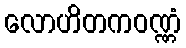
လောဟိတကဝဏ္ဏံ